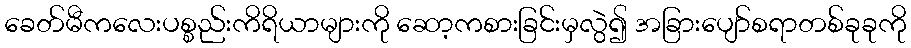
ခေတ်မီကလေးပစ္စည်းကိရိယာများကို ဆော့ကစားခြင်းမှလွဲ၍ အခြားပျော်စရာတစ်ခုခုကို